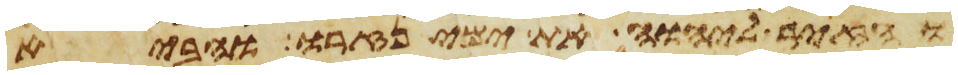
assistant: והזיר ליהוה את ימי נזרו והביא